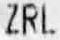
ZRL